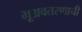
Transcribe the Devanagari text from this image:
भूअवतरणाची